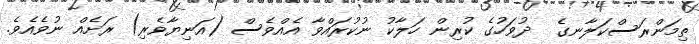
ތިމަންރަސްކަލާނގެ  ދުވަހުގެ ކުރިން ހަލާކު ނުކުރައްވާ އެއްވެސް (އަނިޔާވެރި) ރަށެއް ނުވެއެވެ.